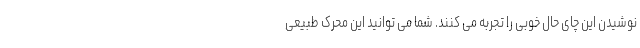
نوشیدن این چای حال خوبی را تجربه می کنند. شما می توانید این محرک طبیعی